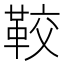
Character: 𩊔